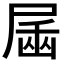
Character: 𰍿